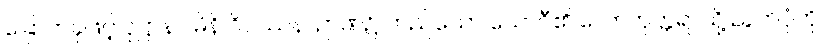
ခြောက်ခုဖြင့် ဝုဋ္ဌာနဂါမိနိ ဝိပဿနာဉာဏ်၌ တည်သော ယောဂီ၏ လောကုတ္တရာသို့ ညွတ်ပုံကို